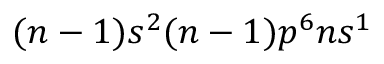
( n - 1 ) s ^ { 2 } ( n - 1 ) p ^ { 6 } { n } s ^ { 1 }